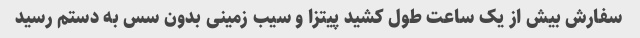
سفارش بیش از یک ساعت طول کشید پیتزا و سیب زمینی بدون سس به دستم رسید